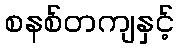
စနစ်တကျနှင့်